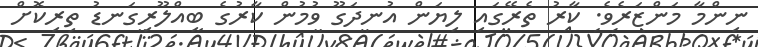
ނިންމާ މަންޒަރެވެ. ކާރު ތެރޭގައި ލިޔަން އުނދަގޫ ވުމުން ކާރުގެ ބިއްލޫރިގަނޑު ތިރިކޮށް